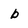
Character: b